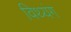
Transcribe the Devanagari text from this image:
विथ्यंग